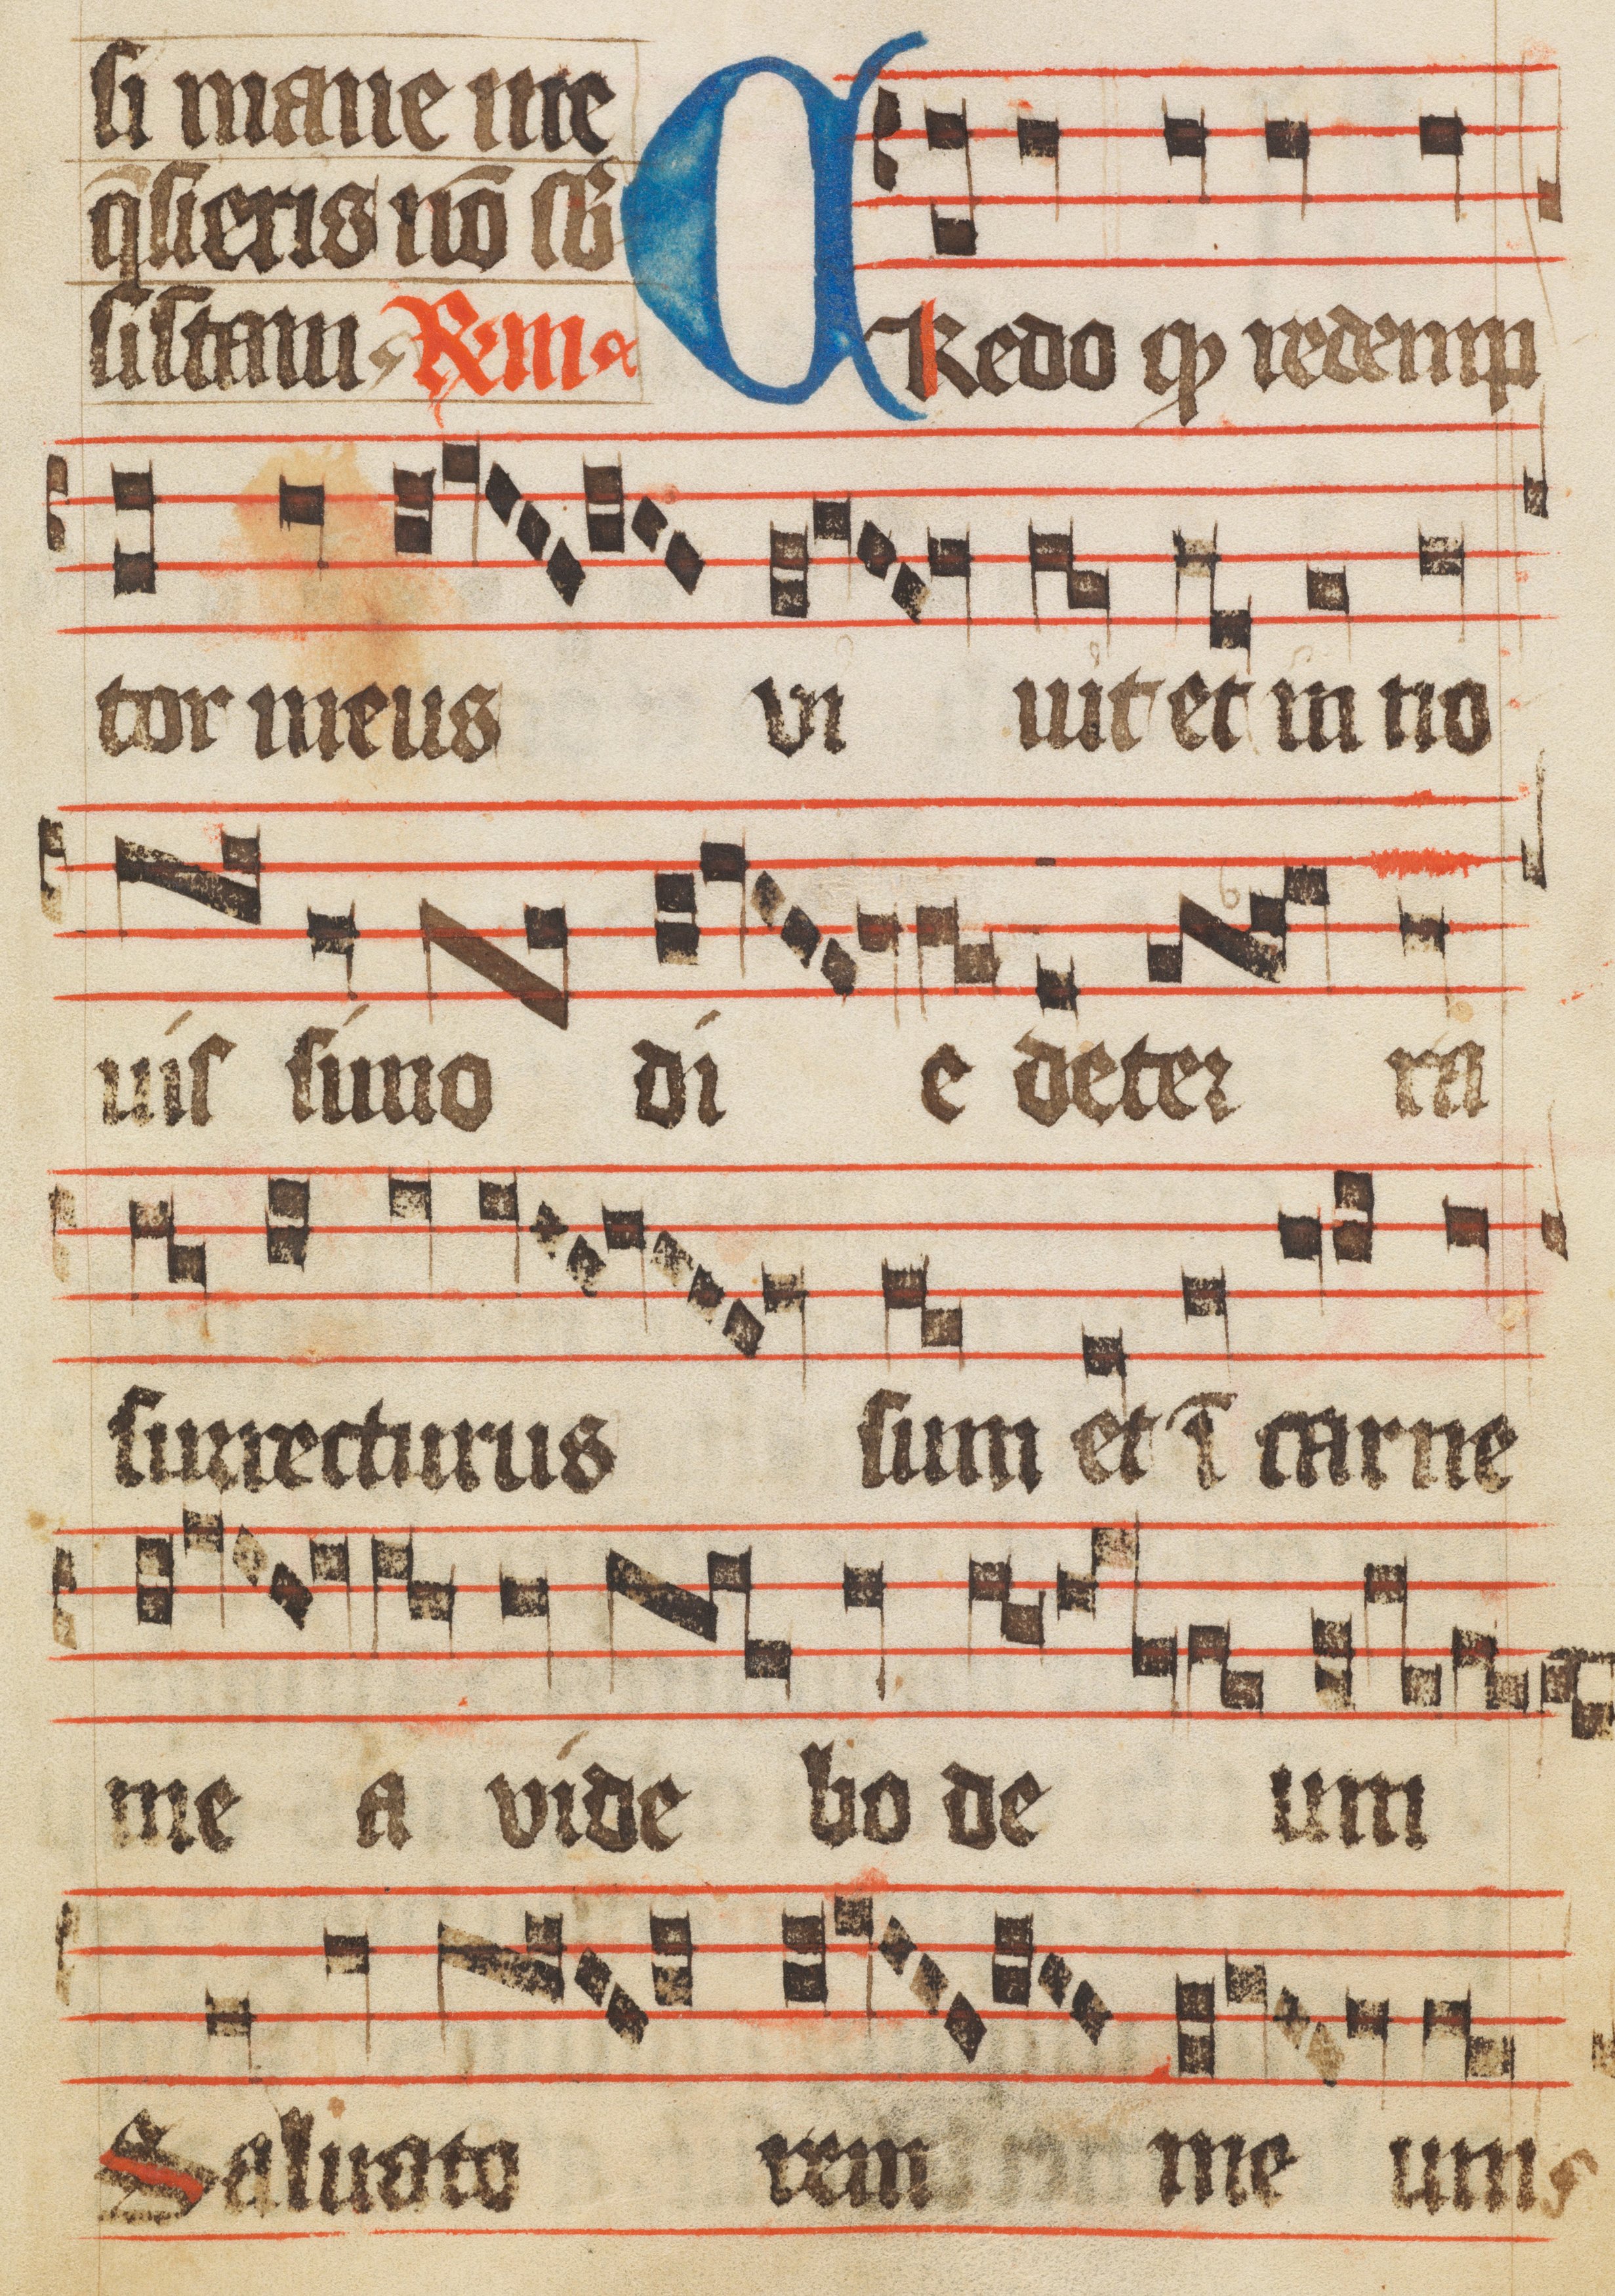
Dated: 1400–1449